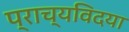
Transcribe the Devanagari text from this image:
प्राच्यविदया